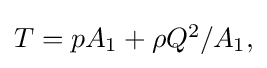
{\textstyle T=pA_{1}+\rho Q^{2}/A_{1},}